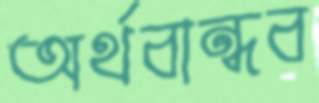
অর্থবান্ধব